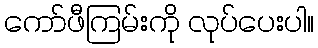
ကော်ဖီကြမ်းကို လုပ်ပေးပါ။